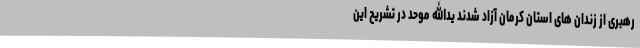
رهبری از زندان های استان کرمان آزاد شدند یدالله موحد در تشریح این